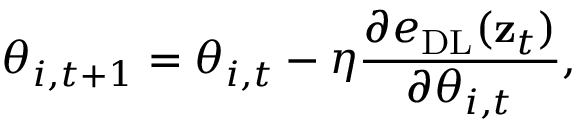
\theta _ { i , t + 1 } = \theta _ { i , t } - \eta \frac { \partial e _ { \mathrm { D L } } ( \mathbf { z } _ { t } ) } { \partial \theta _ { i , t } } ,